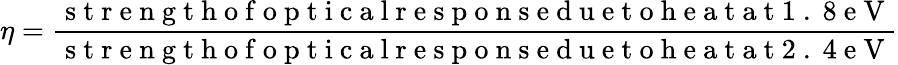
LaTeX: \eta=\frac{\mathrm{~s~t~r~e~n~g~t~h~o~f~o~p~t~i~c~a~l~r~e~s~p~o~n~s~e~d~u~e~t~o~h~e~a~t~a~t~1~.~8~e~V~}}{\mathrm{~s~t~r~e~n~g~t~h~o~f~o~p~t~i~c~a~l~r~e~s~p~o~n~s~e~d~u~e~t~o~h~e~a~t~a~t~2~.~4~e~V~}}